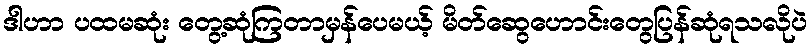
ဒါဟာ ပထမဆုံး တွေ့ဆုံကြတာမှန်ပေမယ့် မိတ်ဆွေဟောင်းတွေပြန်ဆုံရသလိုပဲ